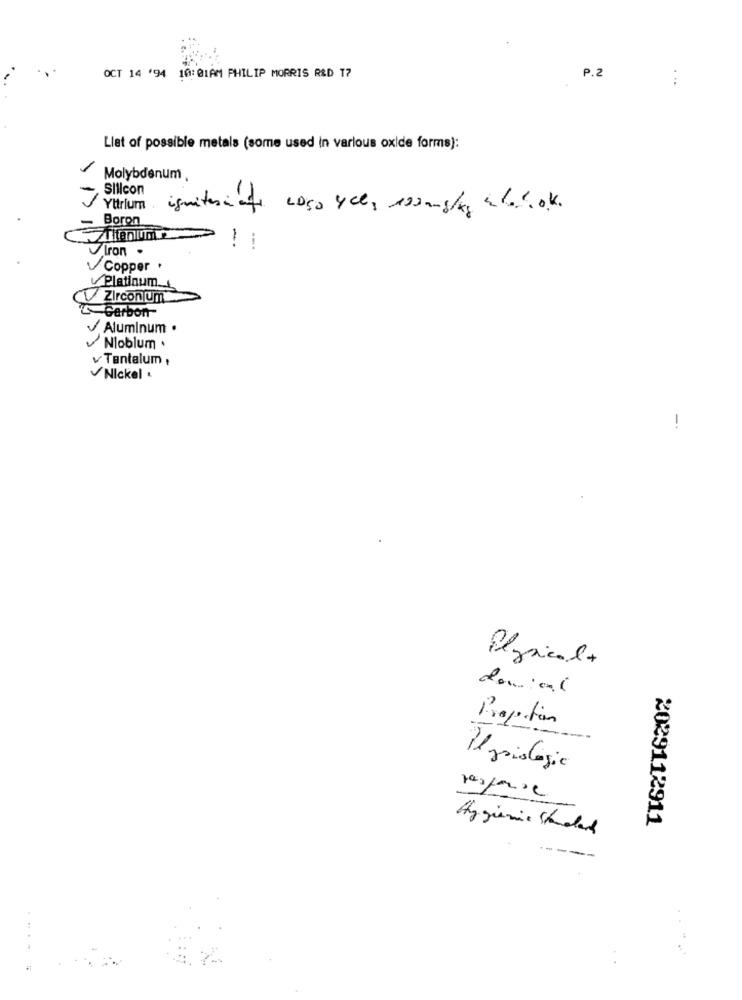
OCT 14 '94 10:01AM PHILIP MORRIS R&D 17
P.2
Llet of possible metals (some used in various oxide forms):
Molybdenum
-, Sillcon
Yttrium
ignitesi at
Boron
-
Iron -
Copper .
Platinum __
Zirconium
-Carbon
Aluminum .
Nloblum .
vTantalum,
Nickel .
Physical+
domici
Il miologic
response
2029112911
Hygienic Standard
...-